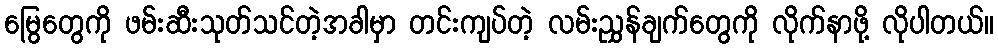
မြွေတွေကို ဖမ်းဆီးသုတ်သင်တဲ့အခါမှာ တင်းကျပ်တဲ့ လမ်းညွှန်ချက်တွေကို လိုက်နာဖို့ လိုပါတယ်။